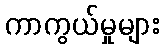
ကာကွယ်မှုများ